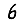
Digit: 6